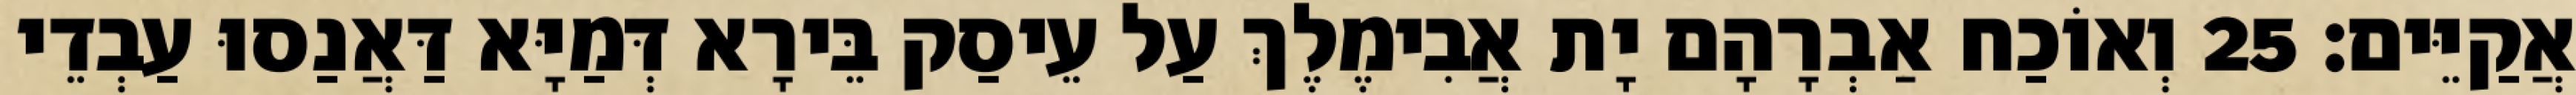
אֲקַיֵּים׃ 25 וְאוֹכַח אַבְרָהָם יָת אֲבִימֶלֶךְ עַל עֵיסַק בֵּירָא דְּמַיָּא דַּאֲנַסוּ עַבְדֵי